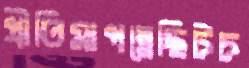
প্রীতিমাপন্নেছিটচ